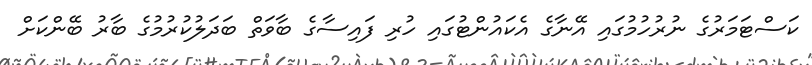
ކަސްޓަމަރުގެ ނުރުހުމުގައި އޭނާގެ އެކައުންޓުގައި ހުރި ފައިސާގެ ބާވަތް ބަދަލުކުރުމުގެ ބާރު ބޭންކަށް